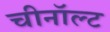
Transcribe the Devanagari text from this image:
चीनॉल्ट